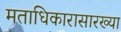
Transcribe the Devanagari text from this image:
मताधिकारासारख्या